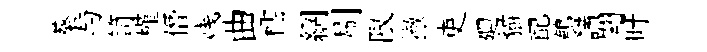
葵与笥槿僭贱曲櫺網刷限撤吏廽貓配鶺講翺旴